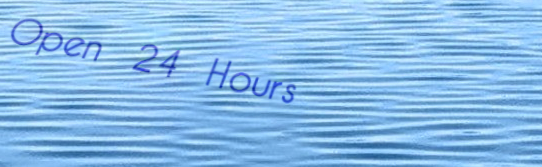
Open 24 Hours